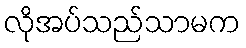
လိုအပ်သည်သာမက